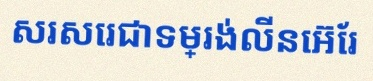
សរសេរជាទម្រង់លីនេអ៊ែរ